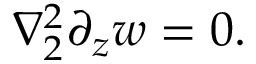
\nabla _ { 2 } ^ { 2 } \partial _ { z } w = 0 .